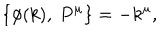
LaTeX: \{ \phi ( k ) , \ P ^ { \mu } \} = - k ^ { \mu } ,